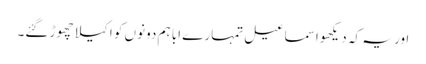
اور یہ کہ دیکھو اسماعیل تمہارے ابا ہم دونوں کو اکیلا چھوڑ گئے۔